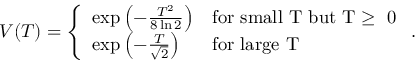
V ( T ) = \left\{ \begin{array} { l l } { { \exp \left( - \frac { T ^ { 2 } } { 8 \ln 2 } \right) } } & { { \mathrm { f o r ~ s m a l l ~ T ~ b u t ~ T \ge ~ 0 ~ } } } \\ { { \exp \left( - \frac { T } { \sqrt { 2 } } \right) } } & { { \mathrm { f o r ~ l a r g e ~ T ~ } } } \end{array} . \right.